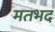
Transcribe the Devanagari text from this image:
मतभद